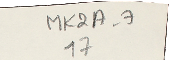
MK2A-7 17